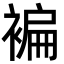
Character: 褊